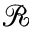
\mathcal { R }